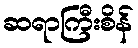
ဆရာကြီးစိန်